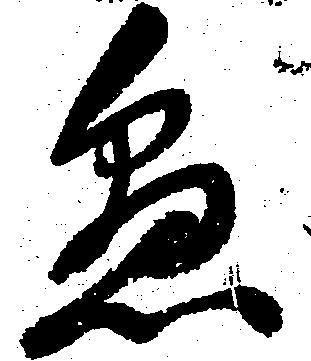
懸